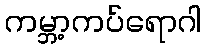
ကမ္ဘာ့ကပ်ရောဂါ